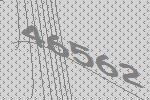
46562